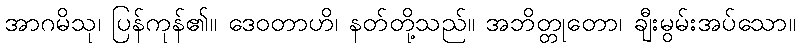
အာဂမိသု၊ ပြန်ကုန်၏။ ဒေဝတာဟိ၊ နတ်တို့သည်။ အဘိတ္တုတော၊ ချီးမွမ်းအပ်သော။